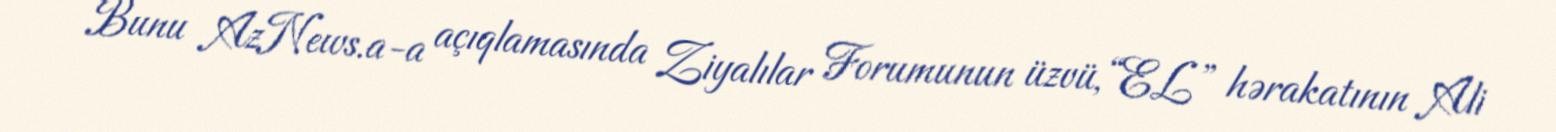
Bunu AzNews.a-a açıqlamasında Ziyalılar Forumunun üzvü, “EL” hərakatının Ali